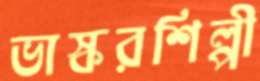
ভাস্করশিল্পী